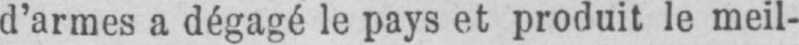
d’armes a dégagé le pays et produit le meil-